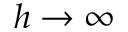
h \rightarrow \infty